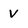
Character: V